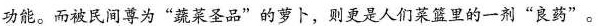
功能。而被民间尊为”蔬菜圣品”的萝卜，则更是人们菜篮里的一剂”良药”。